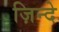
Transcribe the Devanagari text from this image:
ज़िन्दे